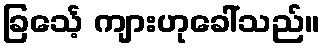
ခြင်္သေ့ ကျားဟုခေါ်သည်။